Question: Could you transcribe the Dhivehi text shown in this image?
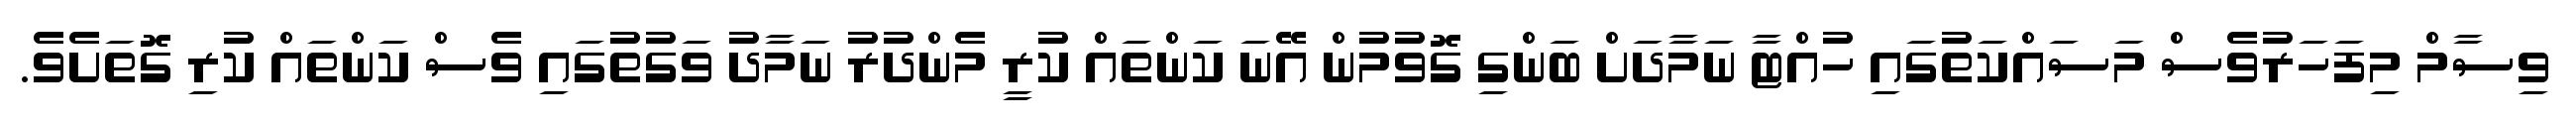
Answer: ވިސާމް މިފަހަރުވެސް މަސައްކަތުގައި ހުއްޓާ ނަމާދަށް ބަންގި ގޮވުމުން އޭނަ ކަންތައް ކުރީ މެންދުރު ނަމާދު ވަގުތުގައި ވެސް ކަންތައް ކުރި ގޮތަށެވެ.